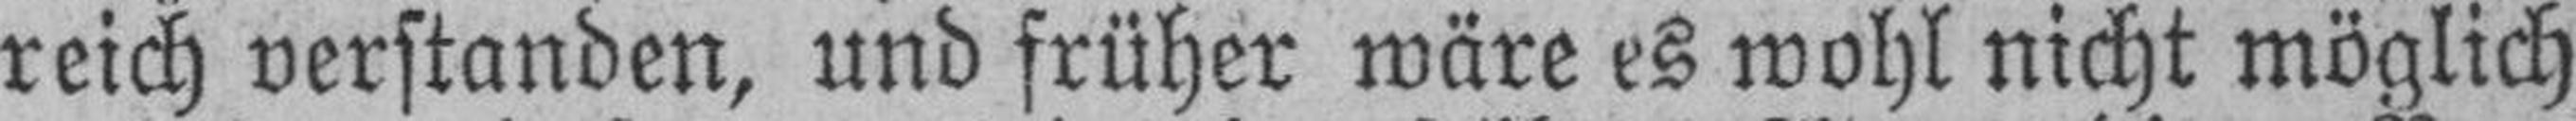
reich verstanden, und früher wäre es wohl nicht möglich